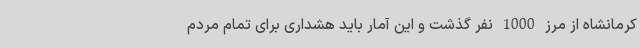
کرمانشاه از مرز 1000 نفر گذشت و این آمار باید هشداری برای تمام مردم